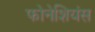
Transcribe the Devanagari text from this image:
फोनेशियंस